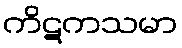
ကိဋကသမာ